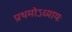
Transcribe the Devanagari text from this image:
प्रथमोऽध्यायः